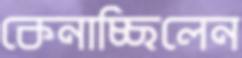
কেনাচ্ছিলেন